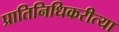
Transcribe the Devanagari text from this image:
प्रातिनिधिकरीत्या